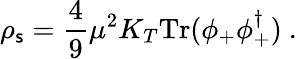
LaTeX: \rho_{\mathsf{s}}=\frac{4}{9}\mu^{2}K_{T}\mathrm{{Tr}}(\phi_{+}\phi_{+}^{\dagger})\ .